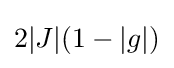
2|J|(1-|g|)